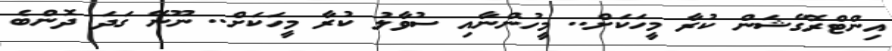
އިންޓްރޮގޭޝަން ކުރާ މީހަކަށް.. މީހުންނާއި ސުވާލު ކުރާ މީހަކަށް.. ނޫނޭ ގަދަ ދޮންބެ